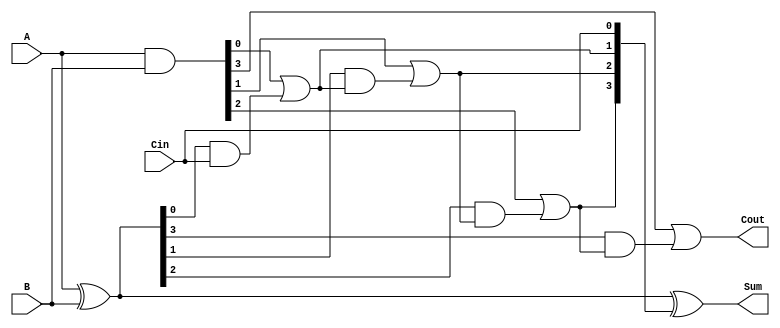
module CILA #(parameter N = 4) (
    input  [N-1:0] A,      // First operand
    input  [N-1:0] B,      // Second operand
    input         Cin,      // Carry input
    output [N-1:0] Sum,     // Sum output
    output        Cout       // Carry output
);

    // Internal signals for generate and propagate
    wire [N-1:0] G; // Generate signals
    wire [N-1:0] P; // Propagate signals
    wire [N:0] C;   // Carry signals

    // Generate and propagate calculations
    assign G = A & B;           // G[i] = A[i] & B[i]
    assign P = A ^ B;           // P[i] = A[i] ^ B[i]

    // Carry calculations using lookahead logic
    assign C[0] = Cin;          // C[0] = Cin
    genvar i;
    generate
        for (i = 0; i < N; i = i + 1) begin : carry_logic
            if (i == 0) begin
                assign C[i + 1] = G[i] | (P[i] & C[i]);
            end else begin
                assign C[i + 1] = G[i] | (P[i] & C[i]);
            end
        end
    endgenerate

    // Sum calculation
    assign Sum = P ^ C[N-1:0];  // Sum[i] = P[i] ^ C[i]

    // Carry out
    assign Cout = C[N];         // Cout = C[n]

endmodule